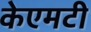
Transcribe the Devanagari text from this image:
केएमटी